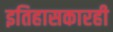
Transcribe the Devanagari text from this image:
इतिहासकारही